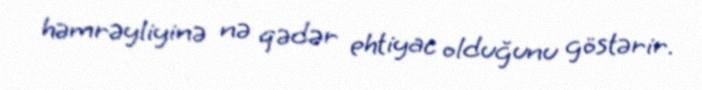
həmrəyliyinə nə qədər ehtiyac olduğunu göstərir.